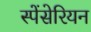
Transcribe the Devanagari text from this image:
स्पेंसेरियन